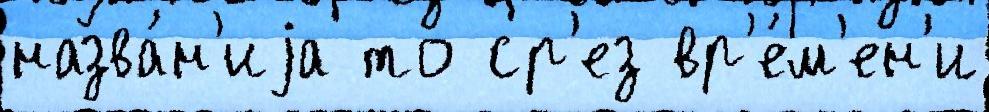
назва́н'иjа то ср'ез вр'е́м'ен'и